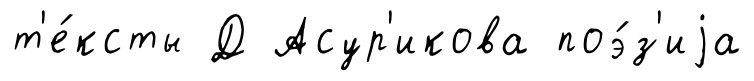
т'е́ксты Д Асур'икова поэ́з'иjа